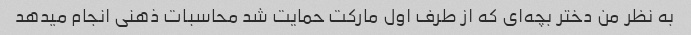
به نظر من دختر بچه‌ای که از طرف اول مارکت حمایت شد محاسبات ذهنی انجام میدهد